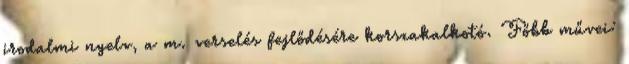
irodalmi nyelv, a m. verselés fejlődésére korszakalkotó. Főbb művei: